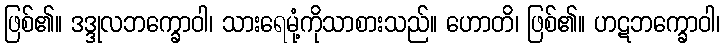
ဖြစ်၏။ ဒဒ္ဒုလဘက္ခောဝါ၊ သားရေမုံ့ကိုသာစားသည်။ ဟောတိ၊ ဖြစ်၏။ ဟဋဘက္ခောဝါ၊